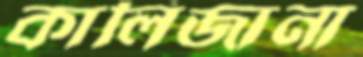
কালিজানা